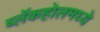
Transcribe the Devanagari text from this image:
ब्लॅकहोलमध्ये